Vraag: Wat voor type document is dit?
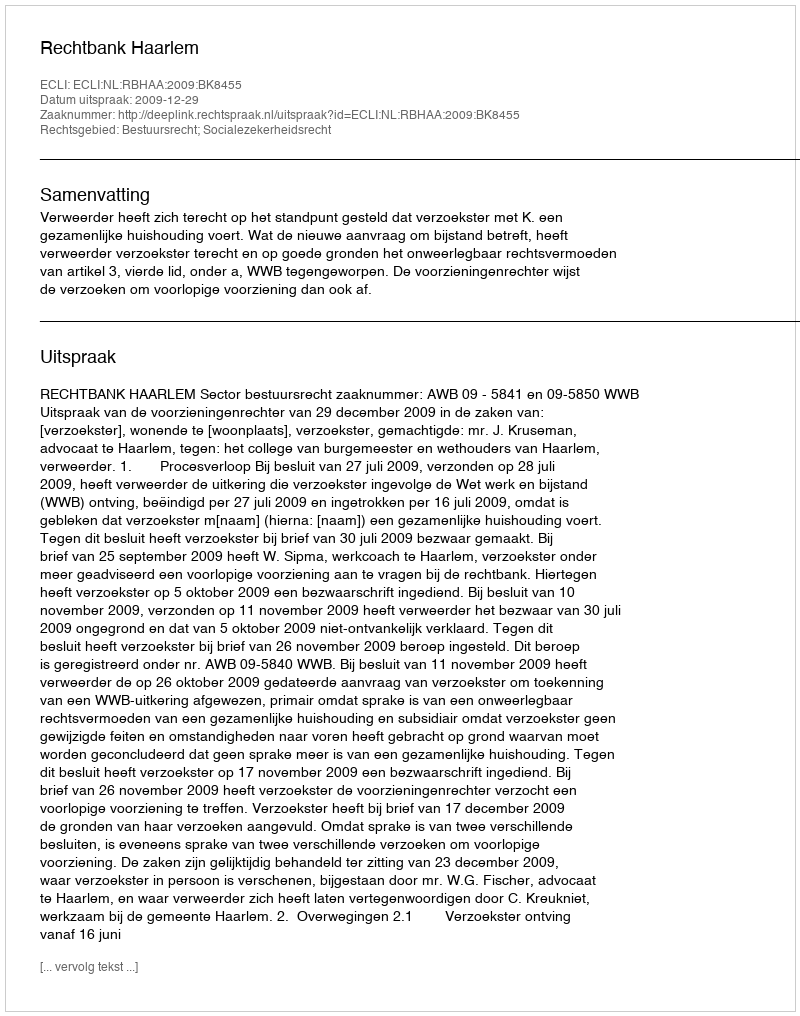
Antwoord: Uitspraak